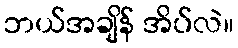
ဘယ်အချိန် အိပ်လဲ။